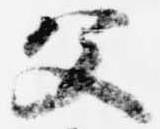
父